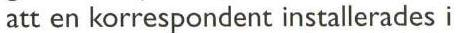
att en korrespondent installerades i